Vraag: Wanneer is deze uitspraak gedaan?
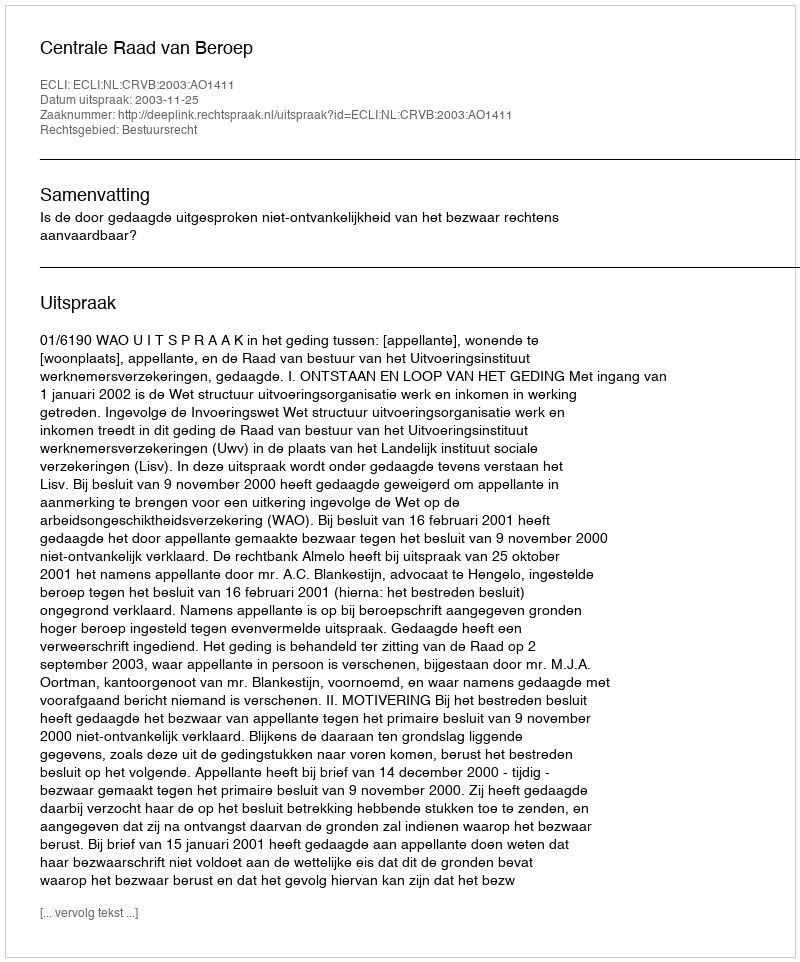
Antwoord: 2003-11-25